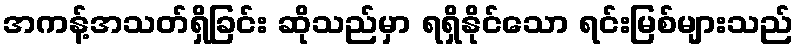
အကန့်အသတ်ရှိခြင်း ဆိုသည်မှာ ရရှိနိုင်သော ရင်းမြစ်များသည်